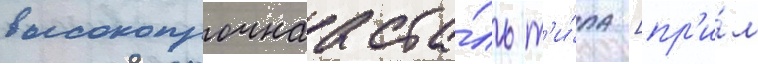
высокопрочнаа ста́ль т'и́па [пр'и́м